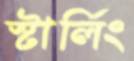
স্টার্লিং